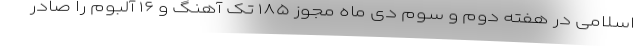
اسلامی در هفته دوم و سوم دی ماه مجوز ۱۸۵ تک آهنگ و ۱۶ آلبوم را صادر